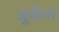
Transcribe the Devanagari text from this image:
जूवेंटस